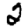
Digit: 2